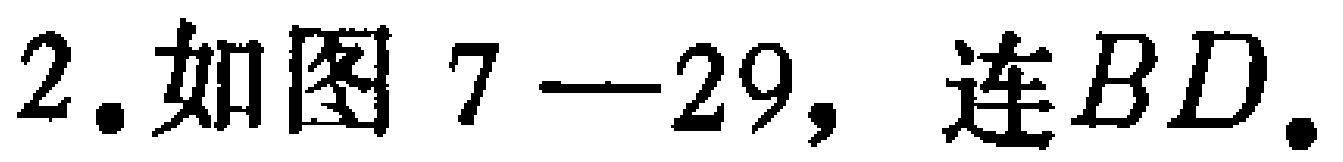
2. 如图 7—29，连 \(BD\).